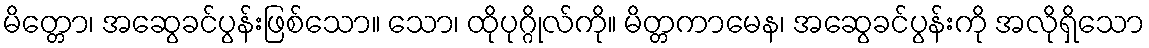
မိတ္တော၊ အဆွေခင်ပွန်းဖြစ်သော။ သော၊ ထိုပုဂ္ဂိုလ်ကို။ မိတ္တကာမေန၊ အဆွေခင်ပွန်းကို အလိုရှိသော